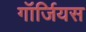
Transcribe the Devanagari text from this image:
गॉर्जियस